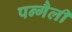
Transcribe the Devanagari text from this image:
पन्गैली